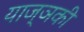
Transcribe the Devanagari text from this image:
याज्ञकी